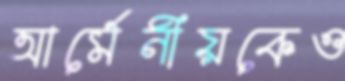
আর্মেনীয়কেও